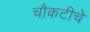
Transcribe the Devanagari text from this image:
चौकटीचे